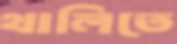
থালিতে